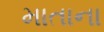
માતાના